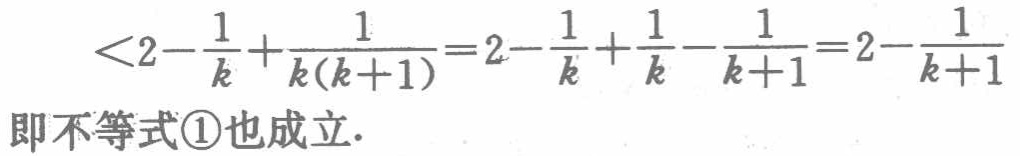
\(<2-\frac{1}{k}+\frac{1}{k(k + 1)}=2-\frac{1}{k}+\frac{1}{k}-\frac{1}{k + 1}=2-\frac{1}{k + 1}\)
即不等式\textcircled{1}也成立.
\(<2-\frac{1}{k}+\frac{1}{k(k + 1)}=2-\frac{1}{k}+\frac{1}{k}-\frac{1}{k + 1}=2-\frac{1}{k + 1}\)
即不等式\textcircled{1}也成立.
\(<2-\frac{1}{k}+\frac{1}{k(k + 1)}=2-\frac{1}{k}+\frac{1}{k}-\frac{1}{k + 1}=2-\frac{1}{k + 1}\)
即不等式\textcircled{1}也成立.